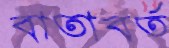
বাতাবর্ত